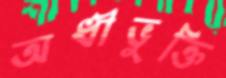
অধীভুক্তি